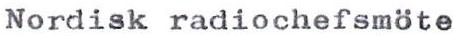
Nordisk radiochefsmöte